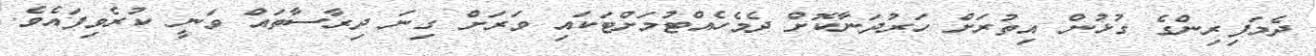
ދެމަފިރިންގެ ގުޅުން އިތުރަށް ހަރުދަނާކޮށް ދެމެހެއްޓުމަށްޓަކައި ވަރަށް ގިނަ ދިރާސާތައް ވަނީ ކުރެވިފައެވެ.